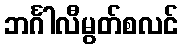
ဘင်္ဂါလီမွတ်စလင်